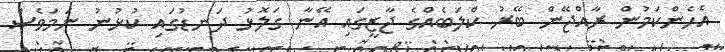
އެހެންކަމުން ރާއްޖޭން ބޭރު ކްލަބެއްގެ ޖާޒީގައި އޭނާ ގަލޮޅު ދަނޑުގައި ކުޅުނު ނަމަވެސް